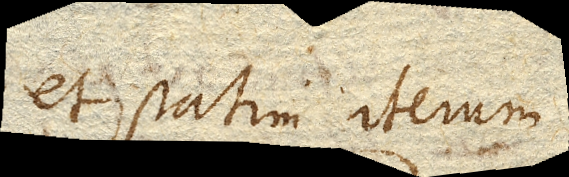
et statim iterum